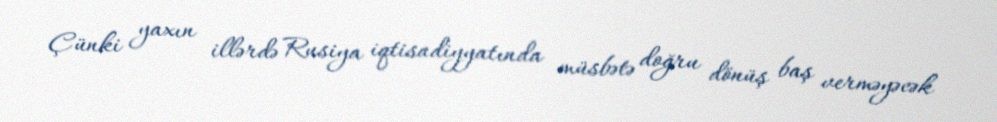
Çünki yaxın illərdə Rusiya iqtisadiyyatında müsbətə doğru dönüş baş verməyəcək